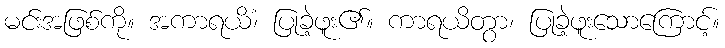
မင်းအဖြစ်ကို။ အကာရယိံ၊ ပြုခဲ့ဖူး၏။ ကာရယိတွာ၊ ပြုခဲ့ဖူးသောကြောင့်။